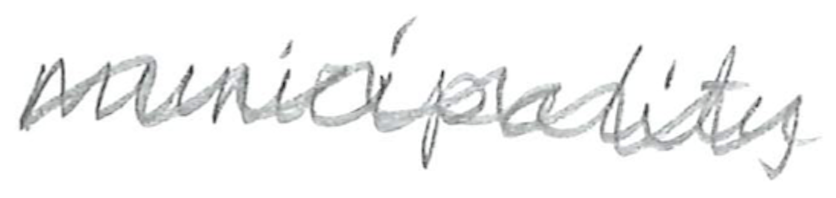
Text: municipality
Cross-out: mix
Writing tool: pencil